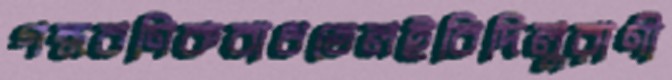
গন্ধবণিকবাধতেলইবিদিলুরাণী